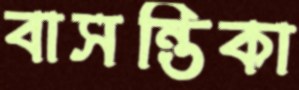
বাসন্তিকা